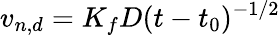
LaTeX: v_{n,d}=K_{f}D(t-t_{0})^{-1/2}